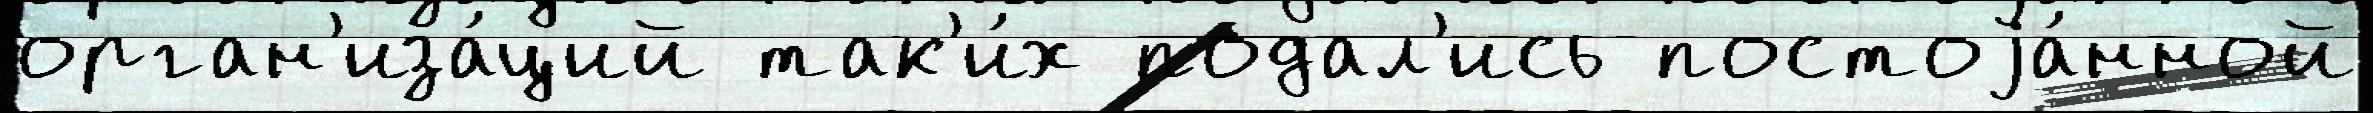
орган'иза́ций так'и́х подал'ись постоjа́нной